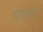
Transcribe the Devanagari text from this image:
पाड़ना